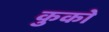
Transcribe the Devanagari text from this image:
कुको